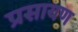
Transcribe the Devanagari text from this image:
प्रसायण